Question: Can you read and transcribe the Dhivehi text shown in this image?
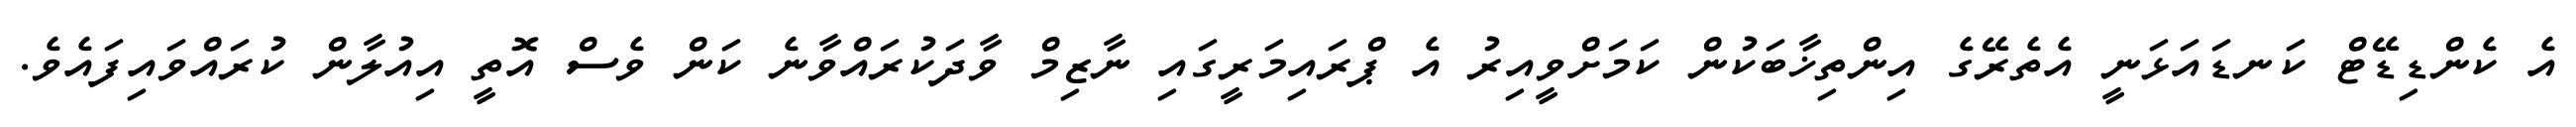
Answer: އެ ކެންޑިޑޭޓް ކަނޑައަޅަނީ އެތެރޭގެ އިންތިޚާބަކުން ކަމަށްވީއިރު އެ ޕްރައިމަރީގައި ނާޒިމް ވާދަކުރައްވާނެ ކަން ވެސް އޮތީ އިއުލާން ކުރައްވައިފައެވެ.